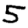
Digit: 5